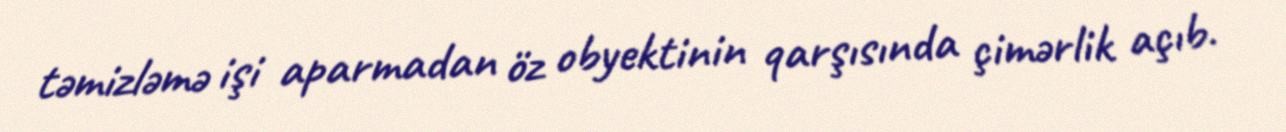
təmizləmə işi aparmadan öz obyektinin qarşısında çimərlik açıb.